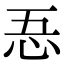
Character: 忢